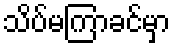
သိပ်မကြာခင်မှာ